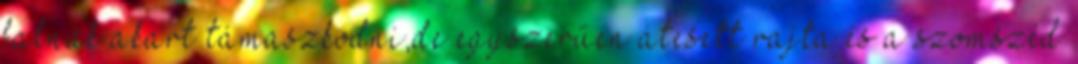
falnak akart támaszkodni,de egyszerűen átesett rajta és a szomszéd